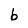
Character: b